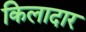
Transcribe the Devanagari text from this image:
किलादार